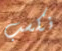
نكسب